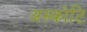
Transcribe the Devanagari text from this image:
अस्कोटि